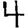
Digit: 4